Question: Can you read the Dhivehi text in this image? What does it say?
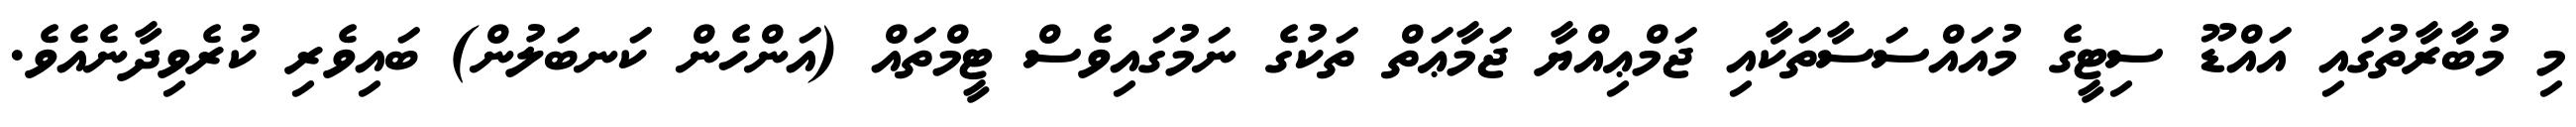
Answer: މި މުބާރާތުގައި އައްޑޫ ސިޓީގެ މުއައްސަސާތަކާއި ޖަމްޢިއްޔާ ޖަމާޢަތް ތަކުގެ ނަމުގައިވެސް ޓީމްތައް (އަންހެން ކަނބަލުން) ބައިވެރި ކުރެވިދާނެއެވެ.